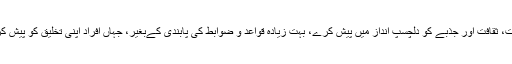
ٹیکلر کا خیال ایسا پلیٹ فارم بننا ہے جو معلومات، ثقافت اور جذبے کو دلچسپ انداز میں پیش کرے، بہت زیادہ قواعد و ضوابط کی پابندی کےبغیر، جہاں افراد اپنی تخلیق کو پیش کر سکیں اور مختلف موضوع پر گفتگو کر سکیں۔